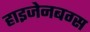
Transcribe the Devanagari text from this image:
हाइजेनबग्स